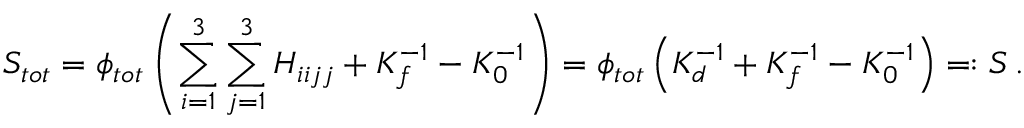
S _ { t o t } = \phi _ { t o t } \left( \sum _ { i = 1 } ^ { 3 } \sum _ { j = 1 } ^ { 3 } H _ { i i j j } + K _ { f } ^ { - 1 } - K _ { 0 } ^ { - 1 } \right) = \phi _ { t o t } \left( K _ { d } ^ { - 1 } + K _ { f } ^ { - 1 } - K _ { 0 } ^ { - 1 } \right) = : S \, .